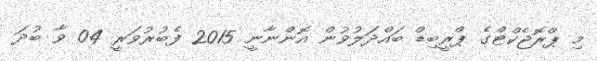
މި ޕްރޮޖެކްޓްގެ ޕްރީބިޑް ބައްދަލުވުން އޮންނާނީ 2015 ފެބުރުވަރީ 04 ވާ ބުދަ